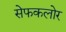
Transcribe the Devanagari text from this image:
सेफकलोर